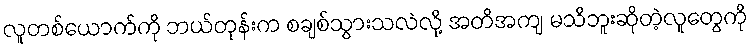
လူတစ်ယောက်ကို ဘယ်တုန်းက စချစ်သွားသလဲလို့ အတိအကျ မသိဘူးဆိုတဲ့လူတွေကို